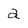
Character: a